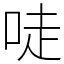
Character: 唗